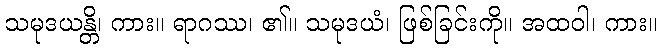
သမုဒယန္တိ၊ ကား။ ရာဂဿ၊ ၏။ သမုဒယံ၊ ဖြစ်ခြင်းကို။ အထဝါ၊ ကား။